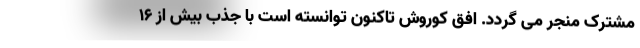
مشترک منجر می گردد. افق کوروش تاکنون توانسته است با جذب بیش از 16